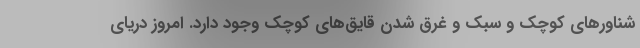
شناورهای کوچک و سبک و غرق شدن قایق‌های کوچک وجود دارد. امروز دریای